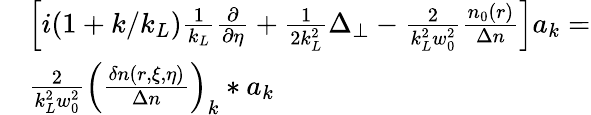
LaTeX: \begin{array}{rl}&{\left[i(1+k/k_{L})\frac{1}{k_{L}}\frac{\partial}{\partial\eta}+\frac{1}{2k_{L}^{2}}\Delta_{\perp}-\frac{2}{k_{L}^{2}w_{0}^{2}}\frac{n_{0}(r)}{\Delta n}\right]a_{k}=}\\ &{\frac{2}{k_{L}^{2}w_{0}^{2}}\left(\frac{\delta n(r,\xi,\eta)}{\Delta n}\right)_{k}\ast a_{k}}\end{array}